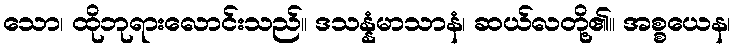
သော၊ ထိုဘုရားလောင်းသည်။ ဒသန္နံမာသာနံ၊ ဆယ်လတို့၏။ အစ္စယေန၊